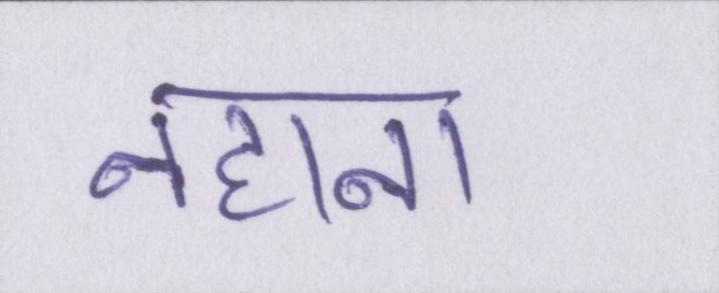
नहाना